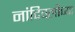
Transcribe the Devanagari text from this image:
नांदिवलीच्या